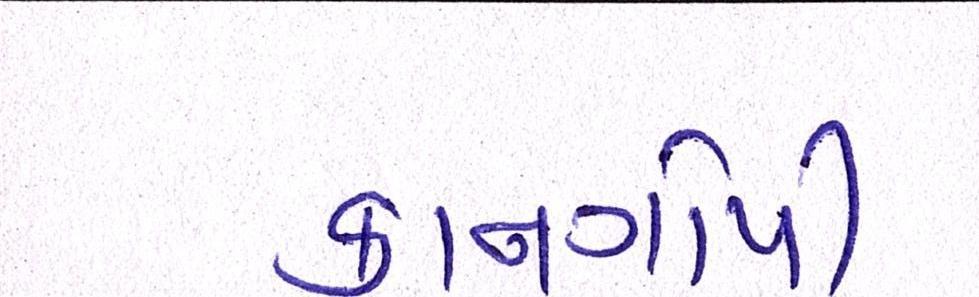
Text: કાનગોપી